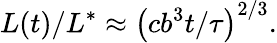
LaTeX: {L(t)}/{L^{*}}\approx\left({cb^{3}t}/{\tau}\right)^{2/3}.